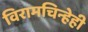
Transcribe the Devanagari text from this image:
विरामचिन्हेही